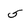
Character: 5